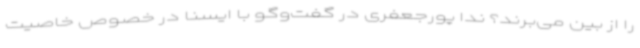
را از بین می‌برند؟ ندا پورجعفری در گفت‌وگو با ایسنا در خصوص خاصیت